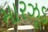
મારઝૂડ